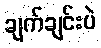
ချက်ချင်းပဲ